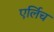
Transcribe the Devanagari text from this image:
एर्लिच